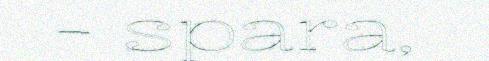
- spara,